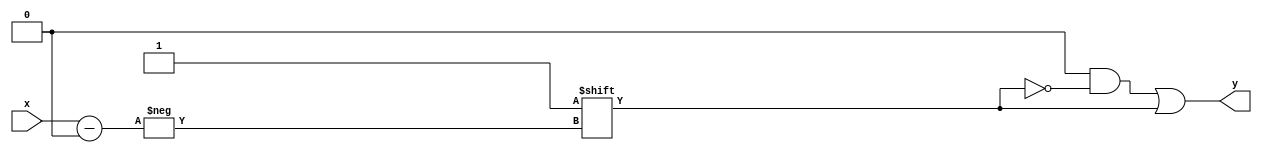
`timescale 1ns / 1ps
//////////////////////////////////////////////////////////////////////////////////
// Company: 
// Engineer: 
// 
// Design Name: 
// Module Name: decoder24
// Project Name: 
// Target Devices: 
// Tool Versions: 
// Description: 
// 
// Dependencies: 
// 
// Revision:
// Revision 0.01 - File Created
// Additional Comments:
// 
//////////////////////////////////////////////////////////////////////////////////


module decoder24(
    input [1:0] x,
    output reg [3:0] y
    );
    always @(x)
    begin
       y=4'b0000;
       y[x]=1;
    end
      
endmodule